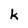
Character: k